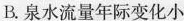
B.泉水流量年际变化小